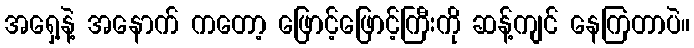
အရှေ့နဲ့ အနောက် ကတော့ ဖြောင့်ဖြောင့်ကြီးကို ဆန့်ကျင် နေကြတာပဲ။